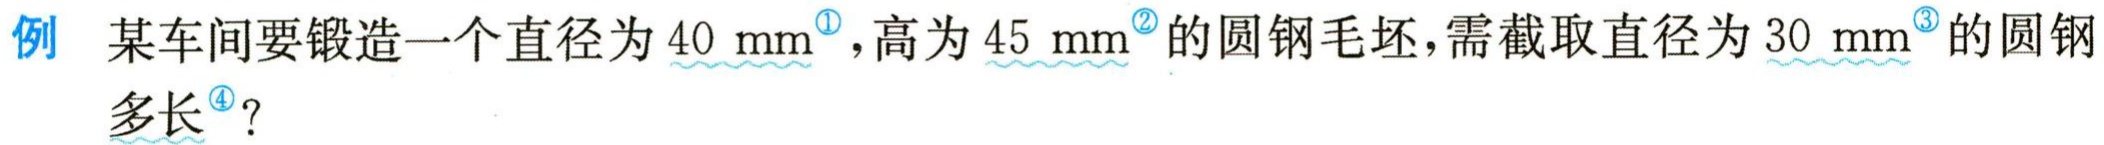
例 某车间要锻造一个直径为 \(40\mathrm{mm}^{\textcircled{1}}\)，高为 \(45\mathrm{mm}^{\textcircled{2}}\) 的圆钢毛坯，需截取直径为 \(30\mathrm{mm}^{\textcircled{3}}\) 的圆钢多长\(^{\textcircled{4}}\)？